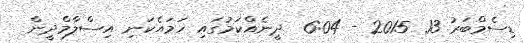
ޑިސެމްބަރު 13